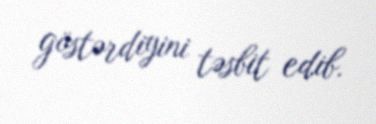
göstərdiyini təsbit edib.